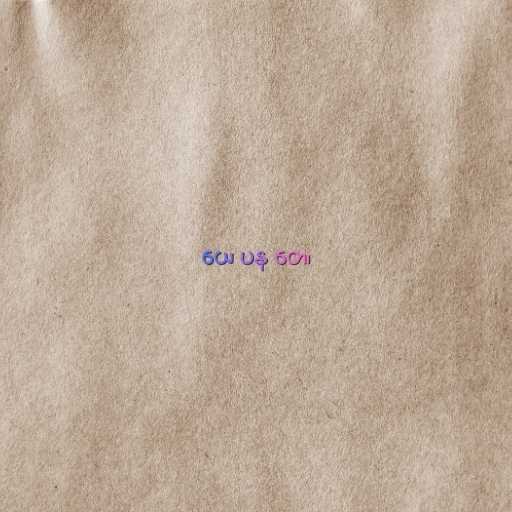
ယေ ပန တေ၊